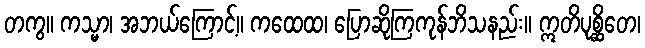
တကွ။ ကသ္မာ၊ အဘယ်ကြောင့်။ ကထေထ၊ ပြောဆိုကြကုန်ဘိသနည်း။ ဣတိပုစ္ဆိတေ၊